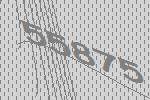
55875